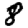
Digit: 8